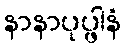
နာနာပုပ္ဖါနံ